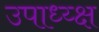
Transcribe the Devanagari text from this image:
उपाध्य्क्ष